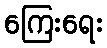
ကြေးရေး